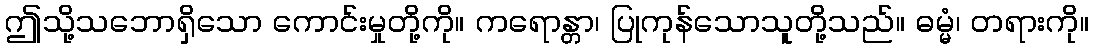
ဤသို့သဘောရှိသော ကောင်းမှုတို့ကို။ ကရောန္တာ၊ ပြုကုန်သောသူတို့သည်။ ဓမ္မံ၊ တရားကို။